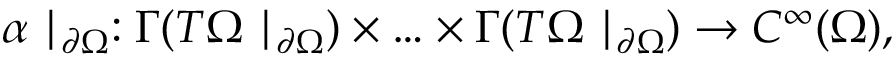
\alpha \mid _ { \partial \Omega } : \Gamma ( T \Omega \mid _ { \partial \Omega } ) \times \ldots \times \Gamma ( T \Omega \mid _ { \partial \Omega } ) \to C ^ { \infty } ( \Omega ) ,